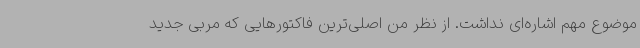
موضوع مهم اشاره‌ای نداشت. از نظر من اصلی‌ترین فاکتورهایی که مربی جدید